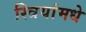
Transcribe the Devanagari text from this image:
स्त्रियांमधे